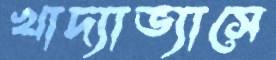
খাদ্যাভ্যাসে